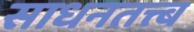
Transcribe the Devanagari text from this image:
साधनतत्त्ब